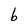
Character: b